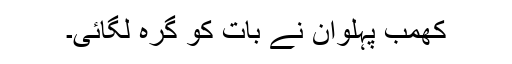
کھمب پہلوان نے بات کو گرہ لگائی۔